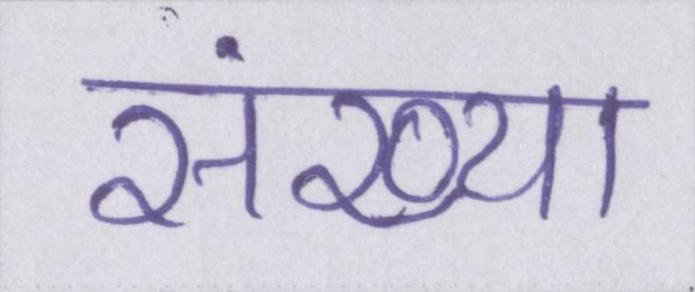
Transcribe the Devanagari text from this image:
संख्या